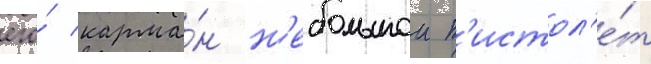
его́ карма́н н'ебольшои п'истол'е́т